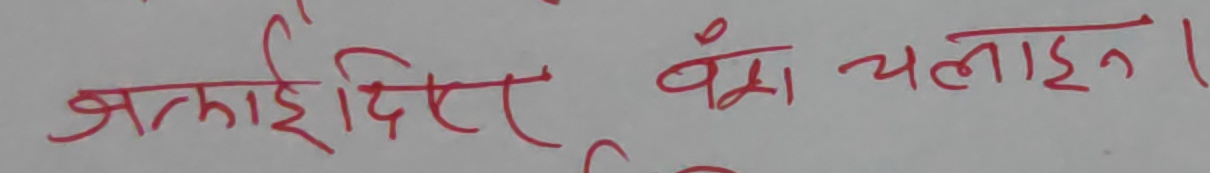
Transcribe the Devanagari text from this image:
जगाईदिएर वंश चलाइन् ।